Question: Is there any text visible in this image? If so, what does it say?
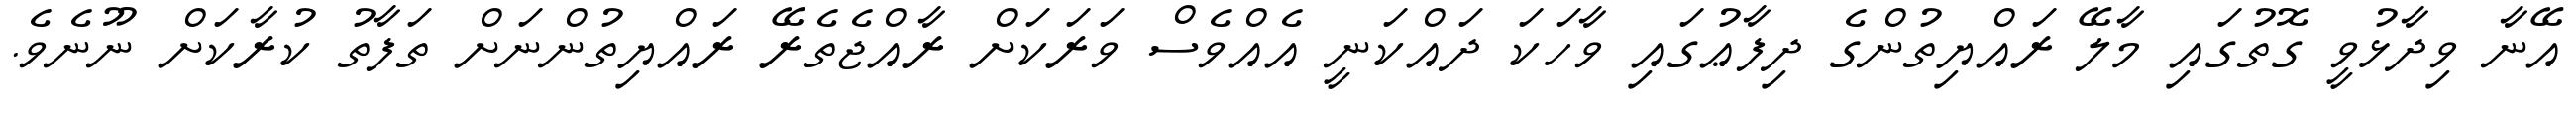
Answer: އޭނާ ވިދާޅުވީ ގޮތުގައި މާލޭ ރައްޔިތުންގެ ދިފާޢުގައި ވާހަކަ ދައްކަނީ އެއްވެސް ވަރަކަށް ރާއްޖެތެރޭ ރައްޔިތުންނަށް ތަފާތު ކުރާކަށް ނޫނެވެ.